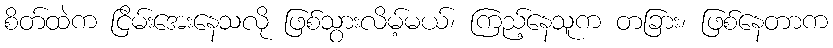
စိတ်ထဲက ငြိမ်းအေးနေသလို ဖြစ်သွားလိမ့်မယ်၊ ကြည့်နေသူက တခြား၊ ဖြစ်နေတာက